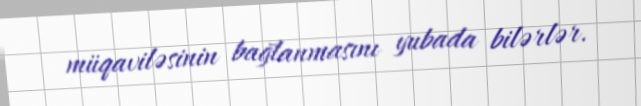
müqaviləsinin bağlanmasını yubada bilərlər.